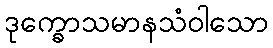
ဒုက္ခောသမာနသံဝါသော